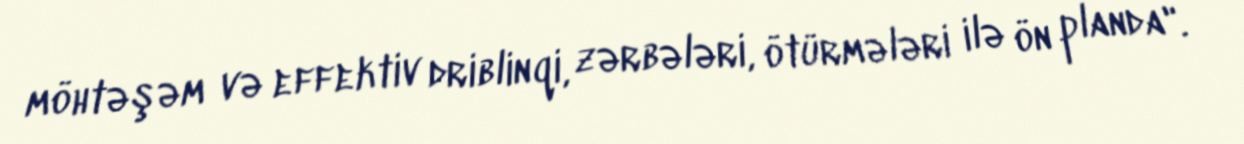
möhtəşəm və effektiv driblinqi, zərbələri, ötürmələri ilə ön planda".